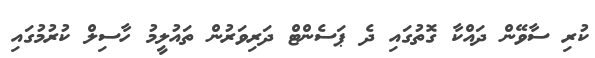
ކުރި ސާވޭން ދައްކާ ގޮތުގައި ދެ ޕަސެންޓް ދަރިވަރުން ތައުލީމު ހާސިލް ކުރުމުގައި